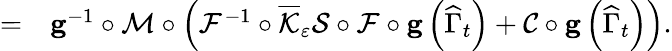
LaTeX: \begin{array}{rl}{=}&{{}\mathbf{g}^{-1}\circ\mathcal{M}\circ\Big(\mathcal{F}^{-1}\circ\overline{{\mathcal{K}}}_{\varepsilon}\mathcal{S}\circ\mathcal{F}\circ\mathbf{g}\left(\widehat{\Gamma}_{t}\right)+\mathcal{C}\circ\mathbf{g}\left(\widehat{\Gamma}_{t}\right)\Big).}\end{array}